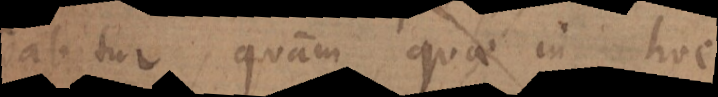
dabitur, quam quae in hoc